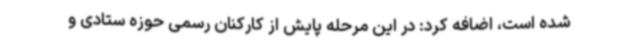
شده است، اضافه کرد: در این مرحله پایش از کارکنان رسمی حوزه ستادی و